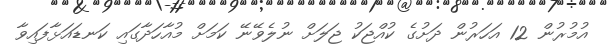
އުމުރުން 12 އަހަރުން ދަށުގެ ކުއްޖަކު ޖަލަށް ނުލެވޭނޭ ކަމަށް މުއާހަދާގައި ކަނޑައަޅާފައިވާ